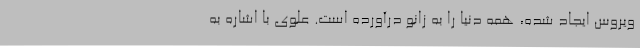
ویروس ایجاد شده، همه دنیا را به زانو درآورده است. علوی با اشاره به